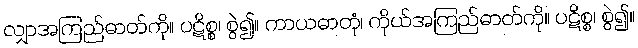
လျှာအကြည်ဓာတ်ကို။ ပဋိစ္စ၊ စွဲ၍။ ကာယဓာတုံ၊ ကိုယ်အကြည်ဓာတ်ကို။ ပဋိစ္စ၊ စွဲ၍။